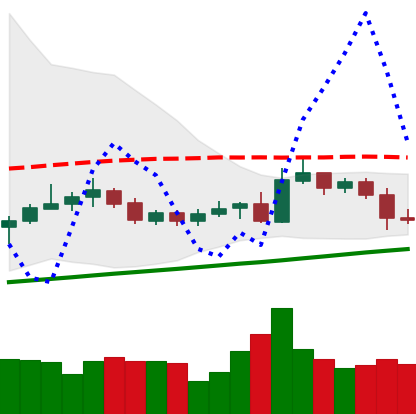
Ticker: NEO-USD
Chart end date: 2020-10-27
Forward return: -12.607%
Label: down_7plus